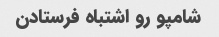
شامپو رو اشتباه فرستادن